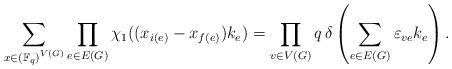
LaTeX: \begin{align*}\sum_{x \in \left(\mathbb F_q\right)^{V(G)}} \prod_{e\in E(G)} \chi_1((x_{i(e)}- x_{f(e)})k_e) = \prod_{v \in V(G)} q\,\delta \left(\sum_{e\in E(G)} {\varepsilon_{v e} } k_e \right).\end{align*}